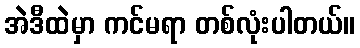
အဲဒီထဲမှာ ကင်မရာ တစ်လုံးပါတယ်။